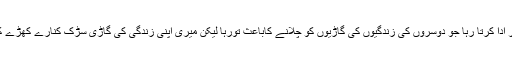
مجھے ایسا لگتا ہے کہ میں عمر بھراسٹپنی (Stupney) کا کردار ادا کرتا رہا جو دوسروں کی زندگیوں کی گاڑیوں کو چلانے کاباعث تورہا لیکن میری اپنی زندگی کی گاڑی سڑک کنارے کھڑے کھڑے دھول مٹی میں یوں اٹ گئی کہ ریت کاٹیلہ معلوم ہونے لگی۔